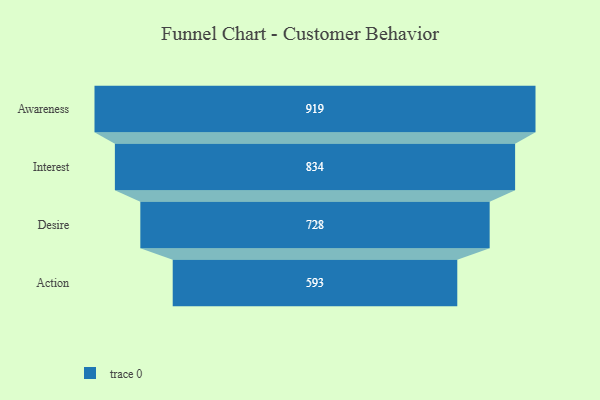
{"axis": {"x": "Stage", "y": "Value"}, "legend": [""], "data": [{"x": "Awareness", "y": 919.0, "type": ""}, {"x": "Interest", "y": 834.0, "type": ""}, {"x": "Desire", "y": 728.0, "type": ""}, {"x": "Action", "y": 593.0, "type": ""}]}